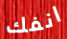
انفك